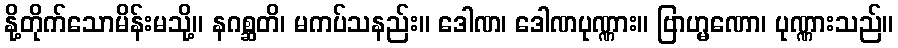
နို့တိုက်သောမိန်းမသို့။ နဂစ္ဆတိ၊ မကပ်သနည်း။ ဒေါဏ၊ ဒေါဏပုဏ္ဏား။ ဗြာဟ္မဏော၊ ပုဏ္ဏားသည်။